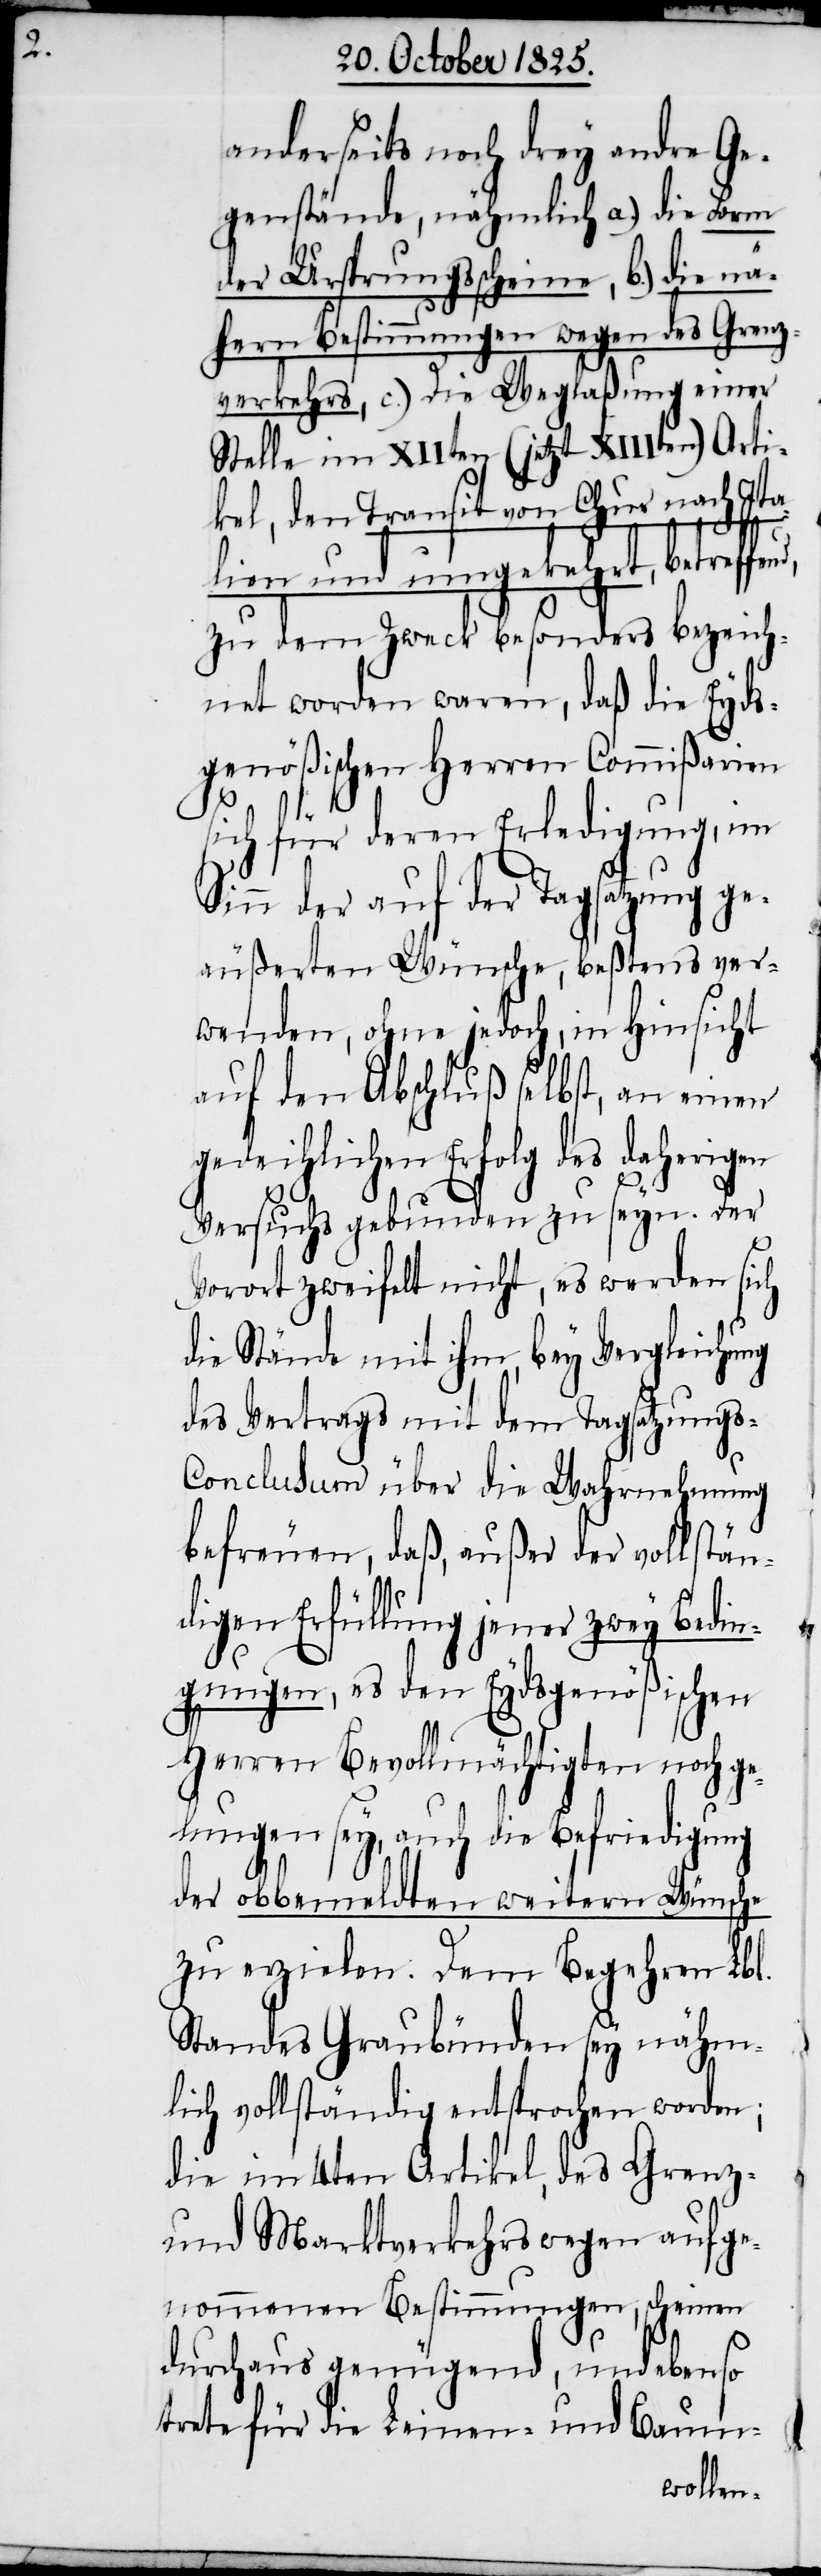
anderseits noch drey andre Ge¬
genstände, nähmlich a.) die Form
der Ursprungsscheine, b.) die nä¬
hern Bestimmungen wegen des Grenz¬
verkehrs, c.) Die Weglaßung einer
Stelle im XIIten (jetzt XIIIten) Arti¬
kel, den Transit von Chur nach Ita¬
lien und umgekehrt, betreffend,
zu dem Zweck besonders bezeich¬
net worden waren, daß die Eyds¬
genößischen Herren Commißarien
sich für deren Erledigung, im
Sinn der auf der Tagsatzung ge¬
äußerten Wünsche, beßtens ver¬
wenden, ohne jedoch, in Hinsicht
auf den Abschluß selbst, an einen
gedeihlichen Erfolg des daherigen
Versuchs gebunden zu seyn. Der
Vorort zweifelt nicht, es werden sich
die Stände mit ihm, bey Vergleichung
des Vertrags mit dem Tagsatzungs-C¬
onclusum über die Wahrnehmung
befreuen, daß, außer der vollstän¬
digen Erfüllung jener zwey Bedin¬
gungen, es den Eydsgenößischen
Herren Bevollmächtigten noch ge¬
lungen sey, auch die Befriedigung
der obbemeldten weitern Wünsche
zu erzielen. Dem Begehren Lbl.
Standes Graubünden sey nähm¬
lich vollständig entsprochen worden;
die im 4ten Artikel des Grenz-
und Marktverkehrs wegen aufge¬
nommenen Bestimmungen, scheinen
durchaus genügend, und ebenso
trete für die Leinen- und Baum-